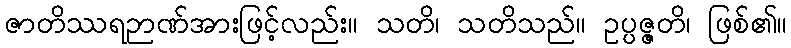
ဇာတိဿရဉာဏ်အားဖြင့်လည်း။ သတိ၊ သတိသည်။ ဥပ္ပဇ္ဇတိ၊ ဖြစ်၏။